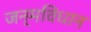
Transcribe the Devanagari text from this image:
जन्मविधान